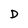
Character: D